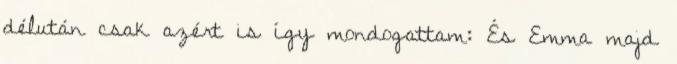
délután csak azért is így mondogattam: És Emma majd